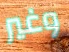
وغير